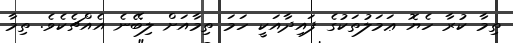
ތިމާ ކުރާ ހެޔޮ ޢަމަލުތަކުގެ ފައިދާއަކީ ހަމަ ތިމާއަށް ލިބޭނެ އެއްޗެކެވެ. ތިމާ